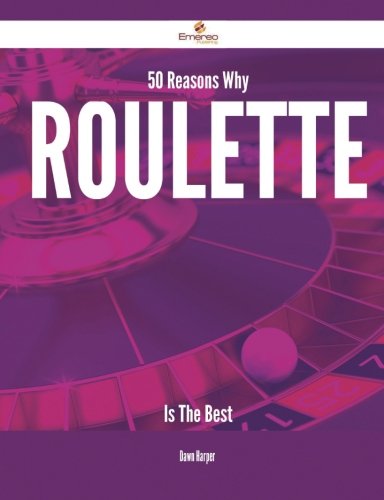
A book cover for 50 Reasons Why Roulette Is The Best; Dawn Harper; Reference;